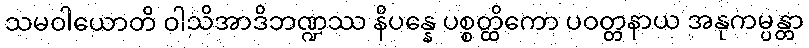
သမဝါယောတိ ဝါသိအာဒိဘဏ္ဍဿ နိပန္နေ ပစ္စတ္ထိကော ပဝတ္တနာယ အနုကမ္ပန္တာ